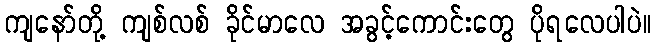
ကျနော်တို့ ကျစ်လစ် ခိုင်မာလေ အခွင့်ကောင်းတွေ ပိုရလေပါပဲ။